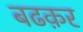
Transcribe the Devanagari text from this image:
बढक़र